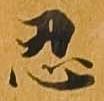
忍